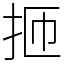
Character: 㧜